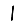
Digit: 1